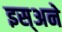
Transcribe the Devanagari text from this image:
इस्अने